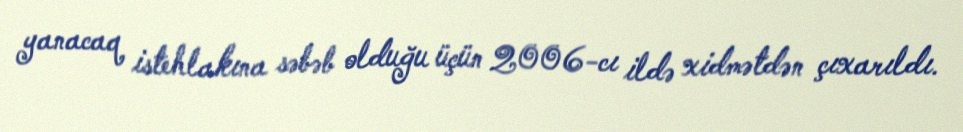
yanacaq istehlakına səbəb olduğu üçün 2006-cı ildə xidmətdən çıxarıldı.